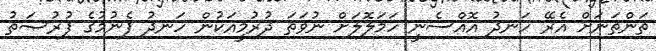
ތަންތަނަށް އެރޭ ހަނދު އޮއްސެނީ ހަމަލޮލަށް ނުވަތަ ދުރުމީއަކުން ހަނދު ފެނުމުގެ ފުރުޞަތު